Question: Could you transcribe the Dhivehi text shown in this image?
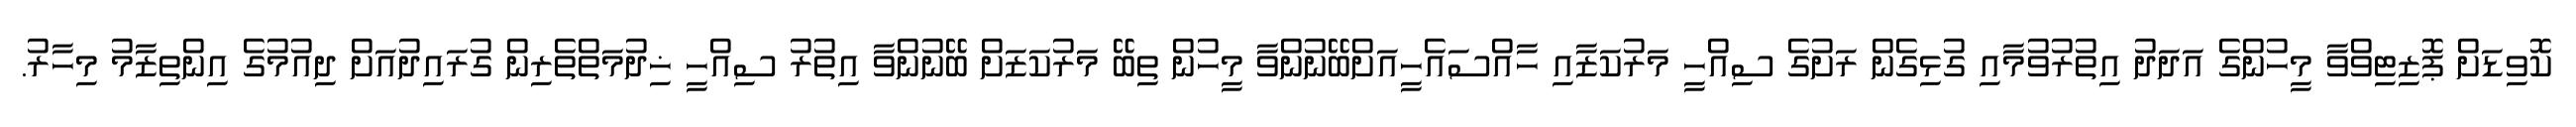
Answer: ކޮވިޑަށް ޕޮޒިޓިވްވާ މީހުންގެ އަދަދު އިތުރުވުމާއި ގުޅިގެން ރަށުގެ ސިއްހީ މަރުކަޒާއި ހާއްސައެހީއަށްބޭނުންވާ މީހުން ތިބޭ މަރުކަޒަށް ބޭނުންވާ އިތުރު ސިއްހީ ޚިދުމަތްތެރިން ގުރައިދުއަށް ދިއުމުގެ އިންތިޒާމު މިހާރު.